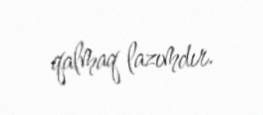
qalmaq lazımdır.